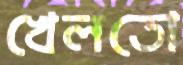
খেলতো